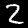
Label: 2